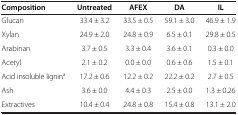
| Composition | Untreated | AFEX | DA | IL |
 | --- | --- | --- | --- | --- |
 | Glucan | 33.4 ± 3.2 | 33.5 ± 0.5 | 59.1 ± 3.0 | 46.9 ± 1.9 |
 | Xylan | 24.9 ± 2.0 | 24.8 ± 0.9 | 6.5 ± 0.1 | 29.8 ± 0.5 |
 | Arabinan | 3.7 ± 0.5 | 3.3 ± 0.4 | 3.6 ± 0.1 | 0.3 ± 0.0 |
 | Acetyl | 2.1 ± 0.2 | 0.0 ± 0.0 | 0.6 ± 0.6 | 1.5 ± 0.1 |
 | Acid insoluble lignina | 17.2 ± 0.6 | 12.2 ± 0.2 | 22.2 ± 0.2 | 2.7 ± 0.5 |
 | Ash | 3.6 ± 0.0 | 4.4 ± 0.3 | 2.5 ± 0.0 | 1.3 ± 0.26 |
 | Extractives | 10.4 ± 0.4 | 24.8 ± 0.8 | 15.4 ± 0.8 | 13.1 ± 2.0 |